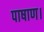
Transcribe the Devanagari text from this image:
पाषाण।